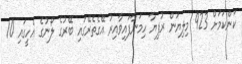
ކަންކަމަށް 923 މިލިޔަން ރުފިޔާ ހިމަނާފައިވާއިރު އޭގެތެރޭގައި ބޭރުގެ ލޯނުގެ އެހީގައި 10